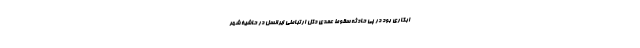
ابکاری بود در پی حادثه سقوط عمدی دکل ارتباطی ایرانسل در حاشیۀ شهر